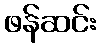
ဖန်ဆင်း